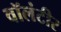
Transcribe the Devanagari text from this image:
वॉलंटीर